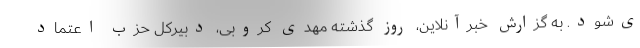
ی‌شود. به گزارش خبرآنلاین، روز گذشته مهدی کروبی، دبیرکل حزب اعتماد